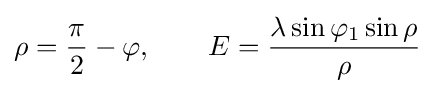
\rho ={\frac {\pi }{2}}-\varphi ,\qquad E={\frac {\lambda \sin \varphi _{1}\sin \rho }{\rho }}